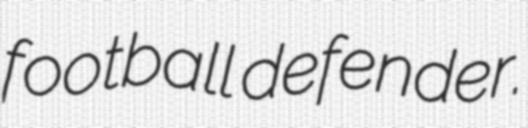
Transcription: football defender.